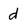
Character: d